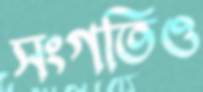
সংগতিও